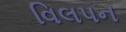
વિલપન